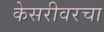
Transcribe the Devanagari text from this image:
केसरीवरचा